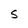
Character: S